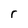
Character: r